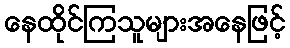
နေထိုင်ကြသူများအနေဖြင့်